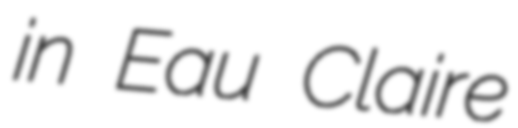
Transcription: in Eau Claire